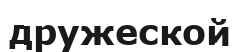
дружеской